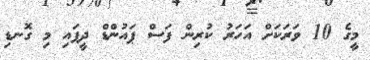
މީގެ 10 ވަރަކަށް އަހަރު ކުރިން ފަސް ޕައުންޑް ދީފައި މި ގޮނޑި